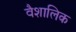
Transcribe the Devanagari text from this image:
वैशालिक